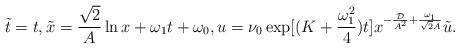
LaTeX: \begin{align*} \tilde{t}=t, \tilde{x}=\frac{\sqrt{2}}{A}\ln x+\omega_1 t+\omega_0, u=\nu_0\exp[(K+\frac{\omega_1^2}{4})t]x^{-\frac{\mathcal{D}}{A^2}+\frac{\omega_1}{\sqrt{2} A}}\tilde{u}.\end{align*}